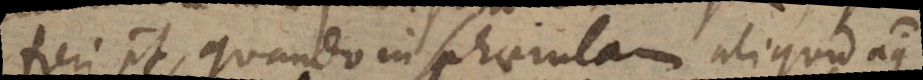
fieri potest, quando in sphaerulam aliquod aquae